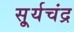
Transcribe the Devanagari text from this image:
सू्र्यचंद्र